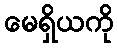
မေရှိယကို